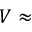
V \approx